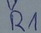
Text: R1